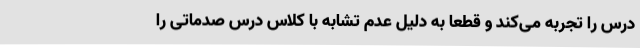
درس را تجربه می‌کند و قطعا به دلیل عدم تشابه با کلاس درس صدماتی را